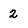
Character: 2